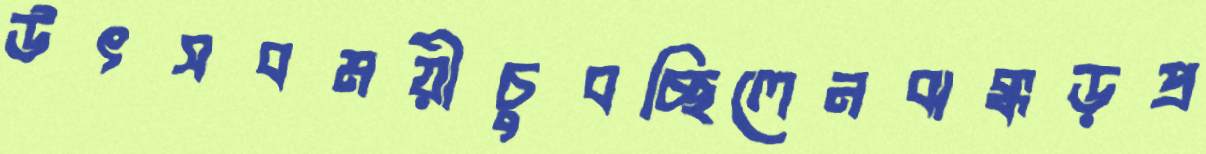
উৎসবময়ীচুবচ্ছিলেনঝক্কড়প্র